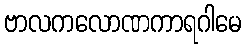
ဗာလကလောဏကာရဂါမေ